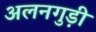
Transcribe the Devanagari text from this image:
अलनगुड़ी